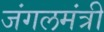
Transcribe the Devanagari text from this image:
जंगलमंत्री